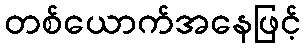
တစ်ယောက်အနေဖြင့်